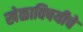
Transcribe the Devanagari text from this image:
खेळाविषयीचे